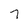
Character: 7